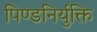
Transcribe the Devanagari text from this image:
पिण्डनिर्युक्ति